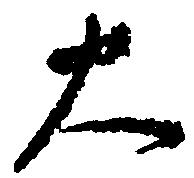
大